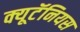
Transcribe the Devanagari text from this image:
क्यूटॅनियस